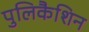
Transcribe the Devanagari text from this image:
पुलिकैशिन